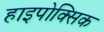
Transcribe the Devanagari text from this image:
हाइपोक्सिक